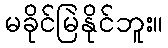
မခိုင်မြဲနိုင်ဘူး။